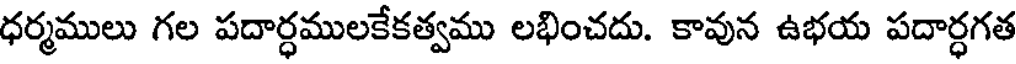
ధర్మములు గల పదార్ధములకేకత్వము లభించదు. కావున ఉభయ పదార్ధగత